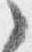
之